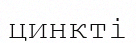
цинкті